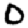
Digit: 0